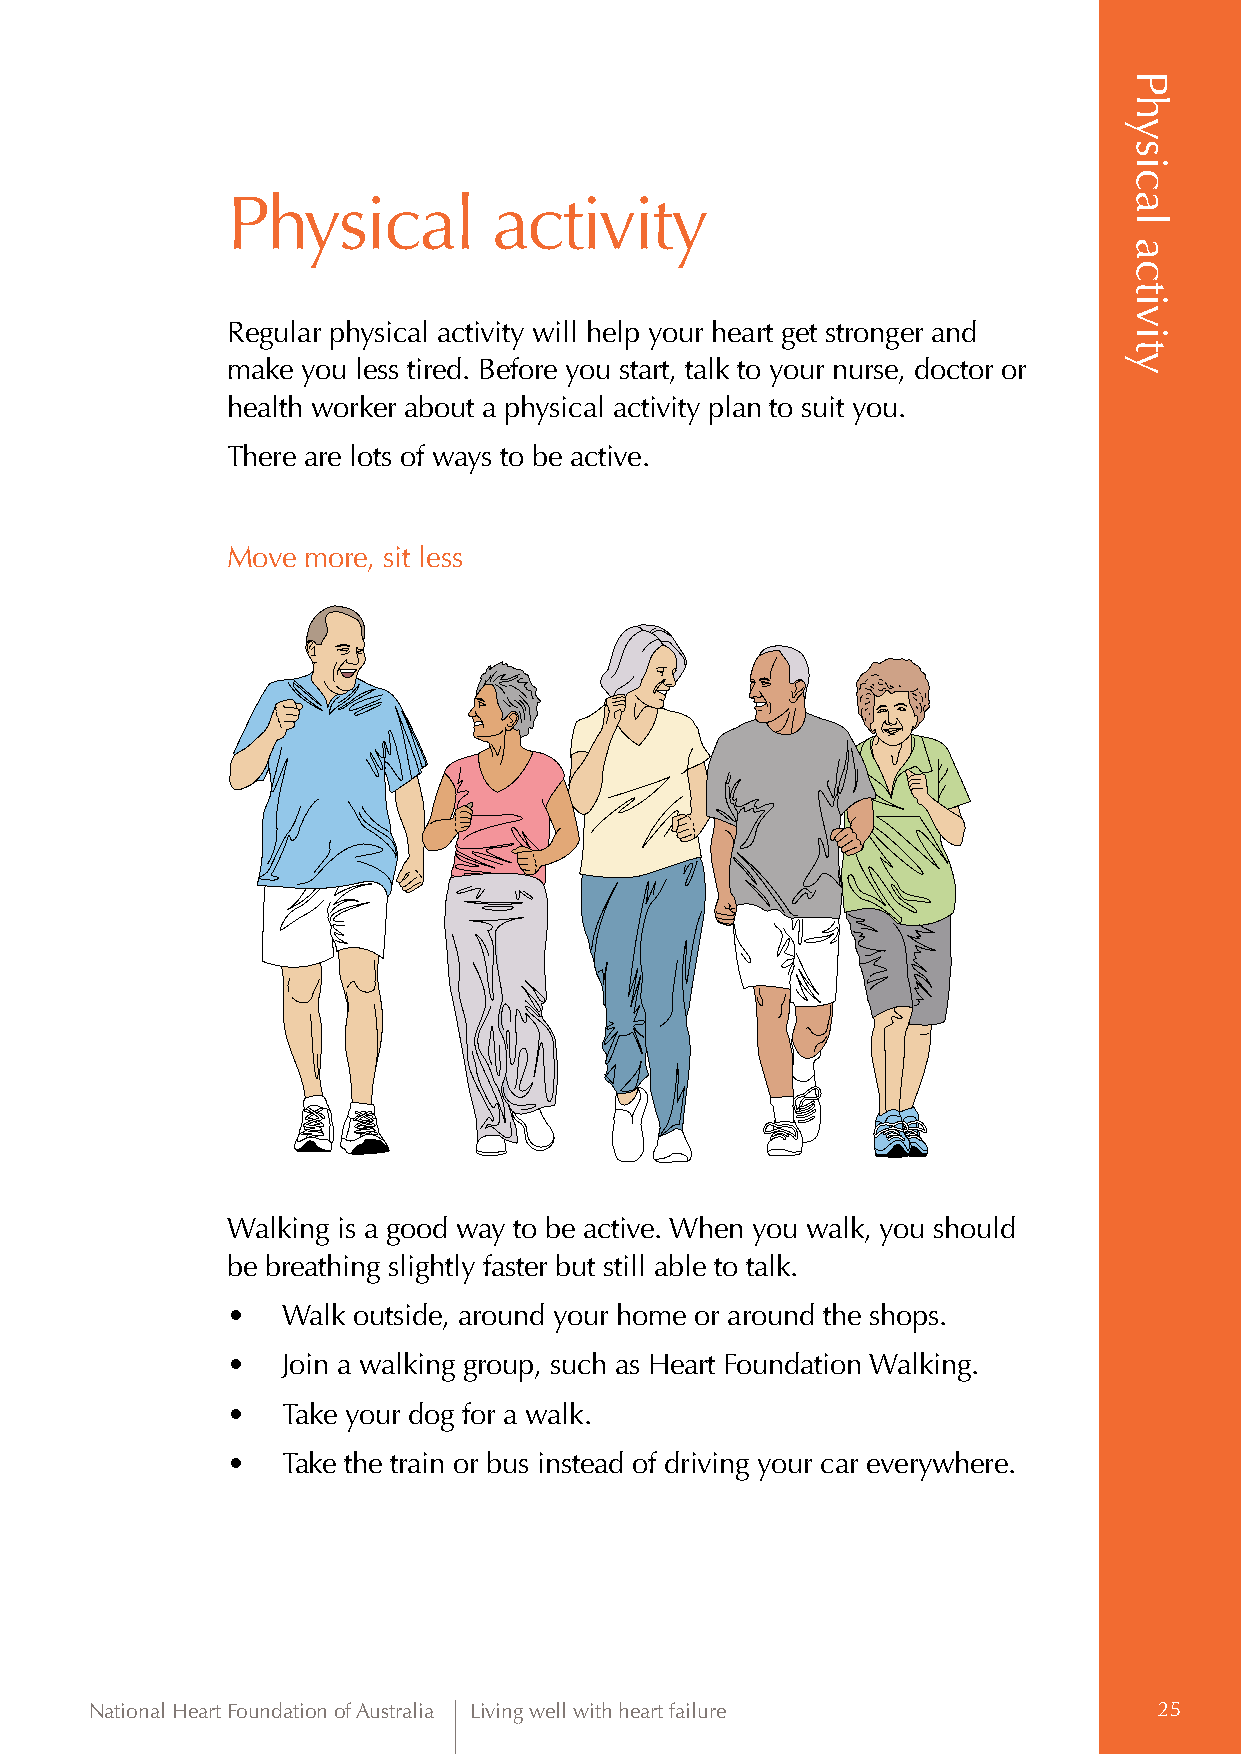
Physical          activity
 Regular physical activity will help your heart get stronger and
 make you less tired. Before you start, talk to your nurse, doctor or
 health worker about a physical activity plan to suit you.
 There are lots of ways to be active.
 Move more, sit less
 Walking is a good way to be active. When you walk, you should
 be breathing slightly faster but still able to talk.
 •   Walk outside, around your home or around the shops.
 •   Join a walking group, such as Heart Foundation Walking.
 •   Take your dog for a walk.
 •   Take the train or bus instead of driving your car everywhere.
 National Heart Foundation of Australia Living well with heart failure  25
 Physical
 activity